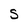
Character: S